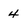
Character: 4